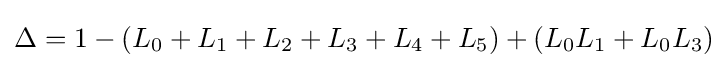
\Delta =1-(L_{0}+L_{1}+L_{2}+L_{3}+L_{4}+L_{5})+(L_{0}L_{1}+L_{0}L_{3})